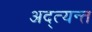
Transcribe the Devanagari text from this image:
अद्त्यन्त